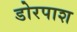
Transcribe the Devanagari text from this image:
डोरपाश